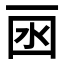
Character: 𠀯